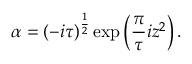
\alpha = ( - i \tau ) ^ { \frac { 1 } { 2 } } \exp \left( { \frac { \pi } { \tau } } i z ^ { 2 } \right) .